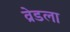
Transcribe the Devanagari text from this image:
व्रेडला